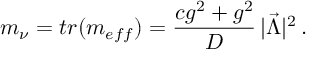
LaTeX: m _ { \nu } = t r ( m _ { e f f } ) = { \frac { c g ^ { 2 } + g ^ { 2 } } { D } } \, \vert \vec { \Lambda } \vert ^ { 2 } \, .